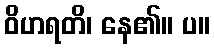
ဝိဟရတိ၊ နေ၏။ ပ။